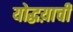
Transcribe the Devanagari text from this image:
योद्धय़ाची